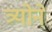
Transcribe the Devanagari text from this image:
त्र्योने